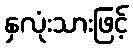
နှလုံးသားဖြင့်